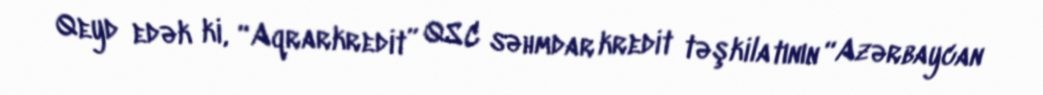
Qeyd edək ki, “Aqrarkredit” QSC səhmdar kredit təşkilatının “Azərbaycan